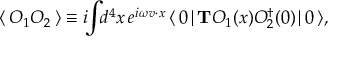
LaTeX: \langle \, { \cal O } _ { 1 } { \cal O } _ { 2 } \, \rangle \equiv i \! \! \int \! \! d ^ { 4 } x \, e ^ { i \omega v \cdot x } \, \langle \, 0 \, | \, { \bf T } { \cal O } _ { 1 } ( x ) { \cal O } _ { 2 } ^ { \dagger } ( 0 ) \, | \, 0 \, \rangle ,